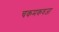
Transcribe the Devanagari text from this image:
चकमकवजा